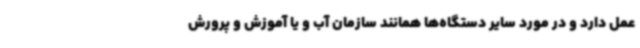
عمل دارد و در مورد سایر دستگاه‌ها همانند سازمان آب و یا آموزش و پرورش